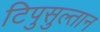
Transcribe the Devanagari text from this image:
टिपुसुल्तान